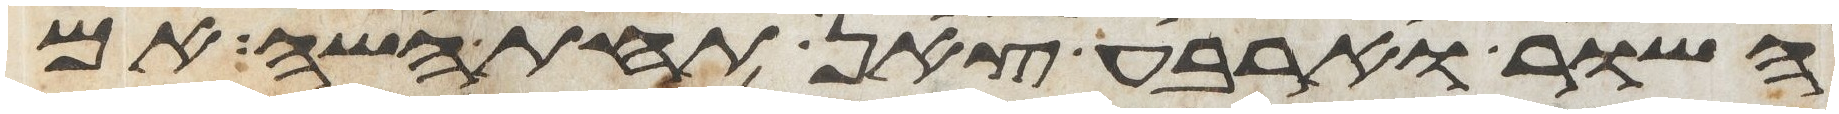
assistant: השור וארבע צאן תחת השה אם